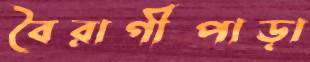
বৈরাগীপাড়া